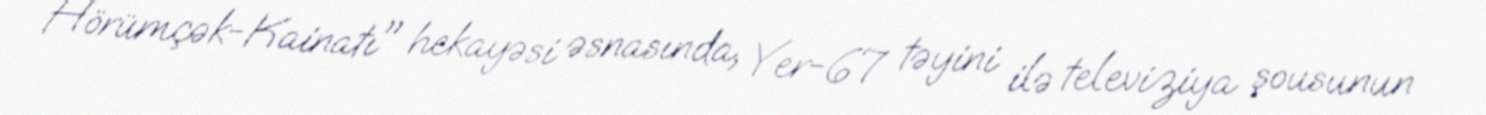
Hörümçək-Kainatı" hekayəsi əsnasında, Yer-67 təyini ilə televiziya şousunun